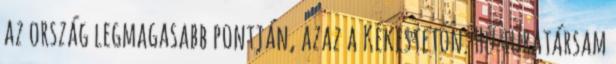
az ország legmagasabb pontján, azaz a Kékestetőn. Hű túratársam